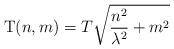
LaTeX: \begin{align*}{\rm T}(n,m)=T \sqrt{\frac{n^2}{\lambda^2}+m^2}\end{align*}